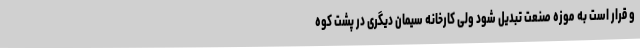
و قرار است به موزه صنعت تبدیل شود ولی کارخانه سیمان دیگری در پشت کوه